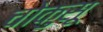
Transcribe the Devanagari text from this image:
चोकुसू